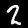
Digit: 2